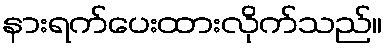
နားရက်ပေးထားလိုက်သည်။